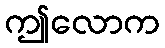
ဤလောက